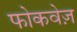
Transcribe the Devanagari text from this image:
फोकवेज़